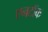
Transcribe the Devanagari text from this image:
एनटॉक